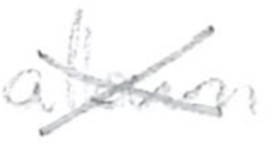
Text: album
Cross-out: cross
Writing tool: pencil